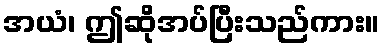
အယံ၊ ဤဆိုအပ်ပြီးသည်ကား။